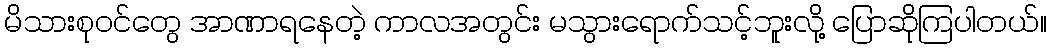
မိသားစုဝင်တွေ အာဏာရနေတဲ့ ကာလအတွင်း မသွားရောက်သင့်ဘူးလို့ ပြောဆိုကြပါတယ်။